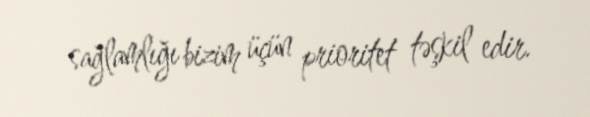
sağlamlığı bizim üçün prioritet təşkil edir.